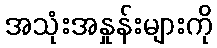
အသုံးအနှုန်းများကို